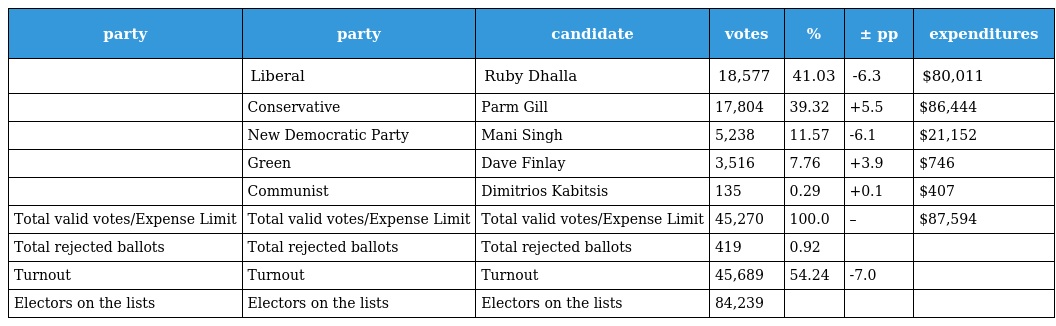
| party | party | candidate | votes | % | ± pp | expenditures |
 | --- | --- | --- | --- | --- | --- | --- |
 |  | Liberal | Ruby Dhalla | 18,577 | 41.03 | -6.3 | $80,011 |
 |  | Conservative | Parm Gill | 17,804 | 39.32 | +5.5 | $86,444 |
 |  | New Democratic Party | Mani Singh | 5,238 | 11.57 | -6.1 | $21,152 |
 |  | Green | Dave Finlay | 3,516 | 7.76 | +3.9 | $746 |
 |  | Communist | Dimitrios Kabitsis | 135 | 0.29 | +0.1 | $407 |
 | Total valid votes/Expense Limit | Total valid votes/Expense Limit | Total valid votes/Expense Limit | 45,270 | 100.0 | – | $87,594 |
 | Total rejected ballots | Total rejected ballots | Total rejected ballots | 419 | 0.92 |  |  |
 | Turnout | Turnout | Turnout | 45,689 | 54.24 | -7.0 |  |
 | Electors on the lists | Electors on the lists | Electors on the lists | 84,239 |  |  |  |